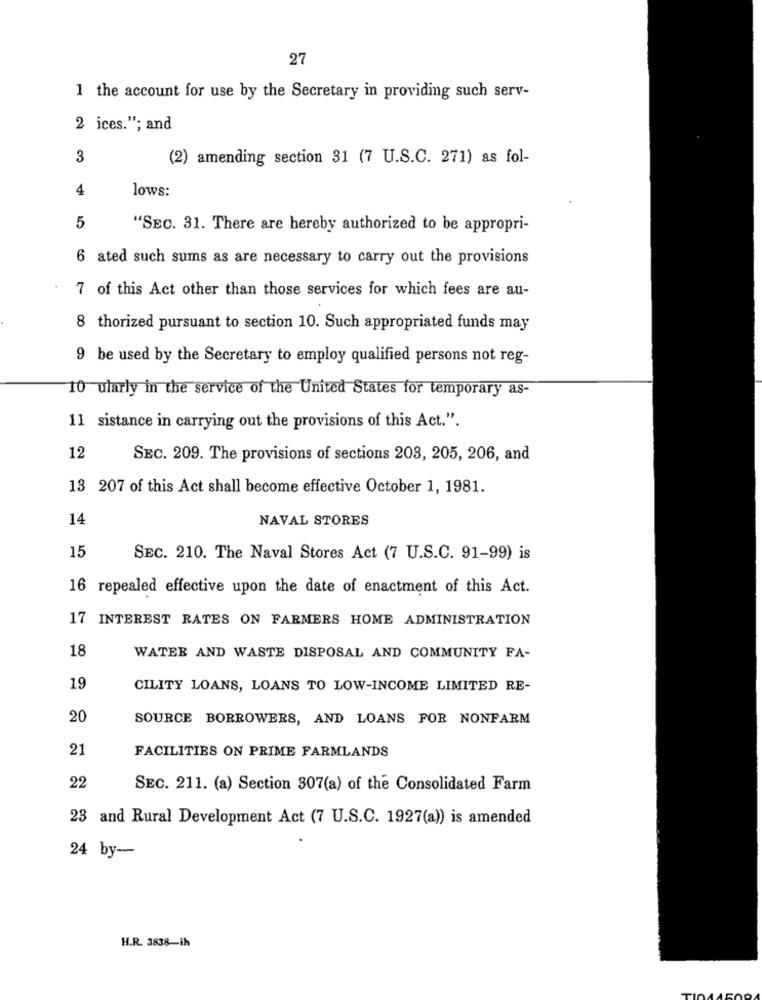
27
1 the account for use by the Secretary in providing such serv-
2 ices."; and
3
(2) amending section 31 (7 U.S.C. 271) as fol-
4
lows:
5
"SEC. 31. There are hereby authorized to be appropri-
6 ated such sums as are necessary to carry out the provisions
7 of this Act other than those services for which fees are au-
8 thorized pursuant to section 10. Such appropriated funds may
9 be used by the Secretary to employ qualified persons not reg-
10 ularly in the service of the United States for temporary as-
11 sistance in carrying out the provisions of this Act.".
12
SEC. 209. The provisions of sections 203, 205, 206, and
13 207 of this Act shall become effective October 1, 1981.
14
NAVAL STORES
15
SEC. 210. The Naval Stores Act (7 U.S.C. 91-99) is
16 repealed effective upon the date of enactment of this Act.
17 INTEREST RATES ON FARMERS HOME ADMINISTRATION
18
WATER AND WASTE DISPOSAL AND COMMUNITY FA-
19
CILITY LOANS, LOANS TO LOW-INCOME LIMITED RE-
20
SOURCE BORROWERS, AND LOANS FOR NONFARM
21
FACILITIES ON PRIME FARMLANDS
22
SEC. 211. (a) Section 307(a) of the Consolidated Farm
23 and Rural Development Act (7 U.S.C. 1927(a)) is amended
24 by-
H.R. 3838-ih